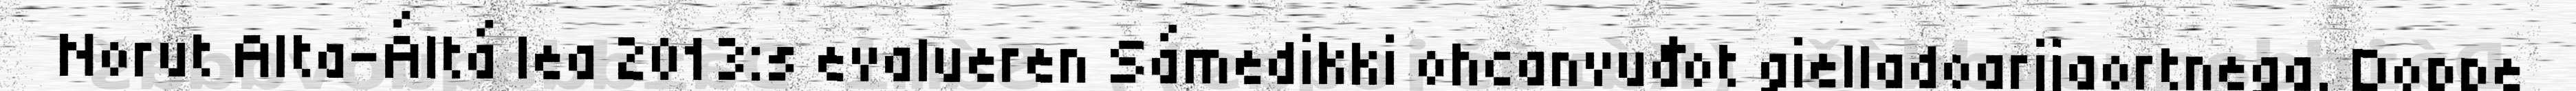
Norut Alta-Áltá lea 2013:s evalueren Sámedikki ohcanvuđot gielladoarjjaortnega. Doppe